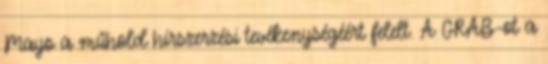
Mayo a műhold hírszerzési tevékenységéért felelt. A GRAB-ot a